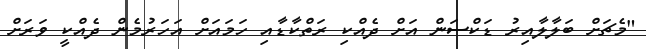
"މެޗަށް ބަލާލާއިރު ޑަކްސަން އަށް ދެއްކި ރަތްކާޑާއި ހަމައަށް އަހަރުމެން ދެއްކީ ވަރަށް